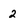
Character: 2